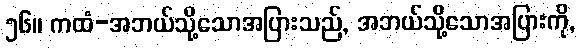
၅၆။ ကထံ-အဘယ်သို့သောအပြားသည်, အဘယ်သို့သောအပြားကို,